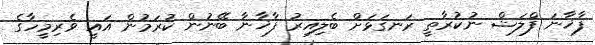
ފާޚާނަ ފްލަޝް ނުކުރާތީ ރަނގަޅަށް ބެލިއިރު ފާޚާނާ ބޭނުން ކުރަމުން އައީ ވެރިމީހާގެ